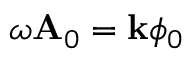
\omega \mathbf { A } _ { 0 } = \mathbf { k } \phi _ { 0 }